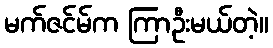
မက်ဇင်မ်က ကြာဦးမယ်တဲ့။